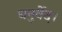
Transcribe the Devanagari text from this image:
धनुर्वेद।